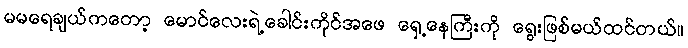
မမရေချယ်ကတော့ မောင်လေးရဲ့ခေါင်းကိုင်အဖေ ရှေ့နေကြီးကို ရွေးဖြစ်မယ်ထင်တယ်။